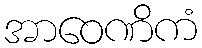
အာဝေဏိကံ